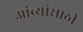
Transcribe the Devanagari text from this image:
आंब्यांसाठी